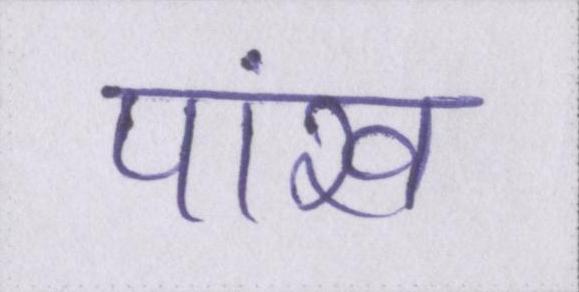
पांख